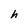
Character: h